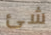
شئ